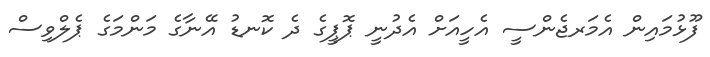
ފޫޅުމައިން އެމަރޖެންސީ އެހީއަށް އެދުނީ ޕޮޕީގެ ދެ ކޮނޑު އޭނާގެ މަންމަގެ ޕެލްވިސް